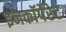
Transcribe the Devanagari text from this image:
इनकाॅर्पेरेट